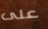
على